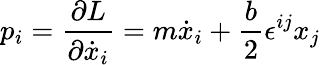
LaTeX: p_{i}={\frac{\partial L}{\partial\dot{x}_{i}}}=m\dot{x}_{i}+\frac{b}{2}\epsilon^{ij}x_{j}